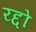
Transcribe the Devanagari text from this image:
रद्दो